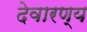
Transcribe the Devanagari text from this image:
देवारण्य